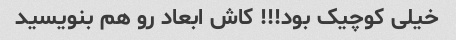
خیلی کوچیک بود!!! کاش ابعاد رو هم بنویسید